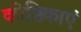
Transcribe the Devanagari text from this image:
कोष्ठिकाएं